Report on sanitation, dispensaries, and jails in Rajputana for 1914, and on vaccination for the year 1914-1915 - 1914-1915
Year: 1914
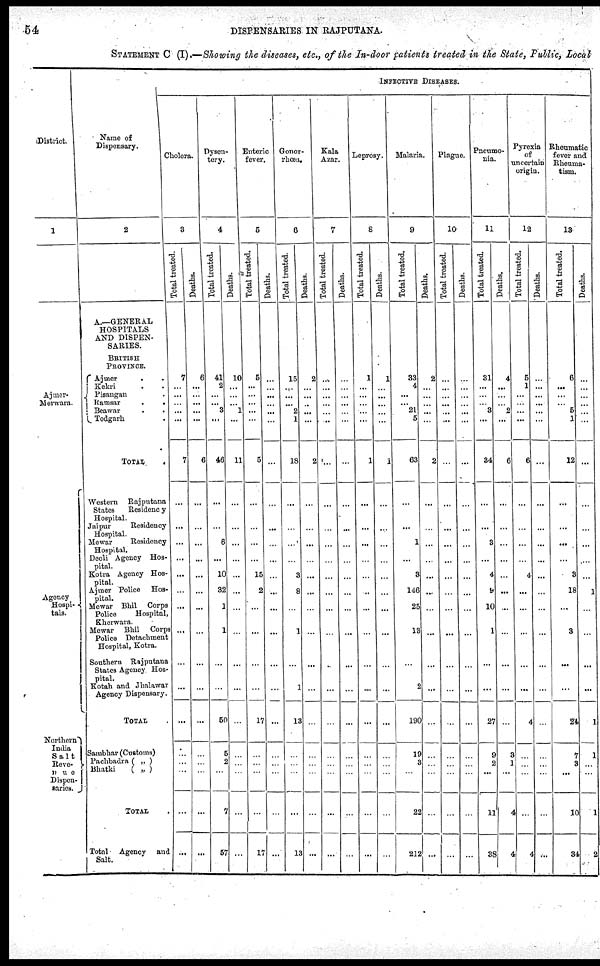
54
DISPENSARIES IN RAJPUTANA.
STATEMENT C (I).—Showing the diseases, etc., of the In-door patients treated in the State, Public, Local
District.
1
Ajmer¬
Merwara.
Agency
Hospi¬
tals.
Northern
India
Salt
reve¬
nue
Dispen¬
saries.
Name of
Dispensary.
2
A.—GENERAL
HOSPITALS
AND DISPEN-
SARIES.
BRITISH
PROVINCE.
Ajmer
..
Kekri ..
Pisangan ..
Ramsar ..
Beawar ..
Todgarh .
TOTAL
.
Western
Rajputana
States
Residency
Hospital.
Jaipur
Resideucy
Hospital.
Mewar
Residency
Hospital.
Deoli Agency Hos-
pital.
Kotra Agency Hos-
pital.
Ajmer Police Hos-
pital.
Mewar Bhil Corps
Police
Hospital,
Kherwava.
Mewar Bhil Corps
Police Detachment
Hospital, Kotra.
Southern Rajputana
States Agcncy Hos-
pital.
Kotah and Jhalawar
Agency Dispensary.
TOTAL
Sambhar (Customs)
Pachbadra ( „ )
Bhatki
( „ )
TOTAL .
Total Agency and
Salt.
INFECTIVE DISEASES.
Cholera.
3
Total treated.
7
...
...
...
...
...
7
...
...
...
...
...
...
...
...
...
...
...
...
...
...
...
...
Deaths.
6
...
...
...
...
...
6
...
...
...
...
...
...
...
...
...
...
...
...
...
...
...
...
Dyson¬
tery.
4
Total treated.
41
2
...
... 3
...
46
...
...
6
...
10
32
1
1
...
...
50
5
2
...
7
67
Deaths.
10
...
...
... 1
...
11
...
...
...
...
...
...
...
...
...
...
...
...
...
...
...
...
Enteric
fever.
5
Total treated.
5
...
...
...
...
...
5
...
...
...
...
15
2
...
...
...
...
17
...
...
...
...
17
Deaths.
...
...
...
...
...
...
...
...
...
...
...
...
...
...
...
...
...
...
...
...
...
...
...
Gonor-
rhœa.
6
Total treated.
15
...
...
... 2
1
18
...
...
...
...
3
8
...
1
...
1
13
...
...
...
...
13
Deaths.
2
...
...
...
...
...
2
...
...
...
...
...
...
...
...
...
...
...
...
...
...
...
...
Kala
Azar.
7
Total treated.
...
...
...
...
...
...
...
...
...
...
...
...
...
...
...
...
...
...
...
...
...
...
...
Deaths.
...
...
...
...
...
...
...
...
...
...
...
...
...
...
...
...
...
...
...
...
...
...
...
Leprosy.
8
Total treated.
1
...
...
...
...
...
1
...
...
...
...
...
...
...
...
...
...
...
...
...
...
...
...
Deaths.
1
...
...
...
...
...
1
...
...
...
...
...
...
...
...
...
...
...
...
...
...
...
...
Malaria.
9
Total treated.
33
4
...
... 21
5
63
...
...
1
...
3
146
25
13
...
2
190
19
3
...
22
212
Deaths.
2
...
...
...
...
...
2
...
...
...
...
...
...
...
...
...
...
...
...
...
...
...
...
Plague.
10
Total treated.
...
...
...
...
...
...
...
...
...
...
...
...
...
...
...
...
...
...
...
...
...
...
...
Deaths.
...
...
...
...
...
...
...
...
...
...
...
...
...
...
...
...
...
...
...
...
...
...
...
Pncamo¬
nia.
11
Total treated.
31
...
...
... 3
...
84
...
...
3
...
4
9
10
1
...
...
27
9
2
...
11
38
Deaths.
4
...
...
... 2
...
6
...
...
...
...
...
...
...
...
...
...
...
3
1
...
4
4
Pyrexia
of
uncertain
origin.
12
Total treated.
5
1
...
...
...
...
6
...
...
...
...
4
...
...
...
...
...
4
...
...
...
...
4
Deaths.
...
...
...
...
...
...
...
...
...
...
...
...
...
...
...
...
...
...
...
...
...
...
...
Rheumatic
fever and
Rheuma-
tism.
13
Total treated.
6
...
...
... 5
1
12
...
...
...
...
3
18
...
3
...
...
24
7
3
...
10
34
Deaths.
...
...
...
...
...
...
...
...
...
...
...
...
1
...
...
...
...
1
1
...
...
1
2